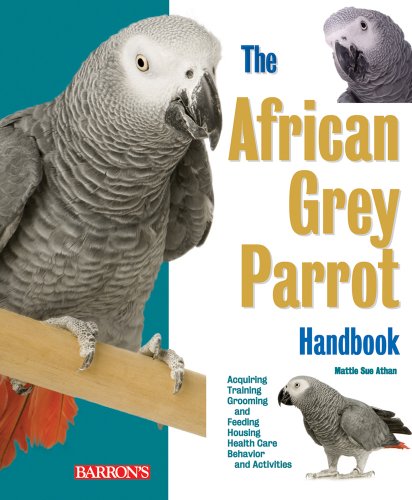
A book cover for African Grey Parrot Handbook (Barron's Pet Handbooks); Mattie Sue Athan; Crafts, Hobbies & Home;